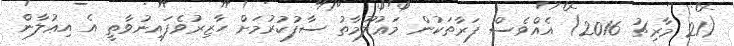
(21 މާރިޗު 2016) އެއްވެސް ފަރާތަކުން މަޢުލޫމާތު ސާފުކުރުމަށް ހާޒިރުވެފައިނުވާތީ އެ އިޢުލާން